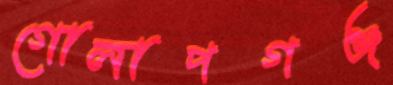
গোলাপগঞ্জ